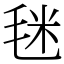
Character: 毩